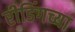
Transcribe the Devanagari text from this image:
रीडिंगच्या